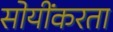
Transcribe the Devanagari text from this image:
सोयींकरता